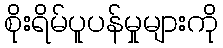
စိုးရိမ်ပူပန်မှုများကို